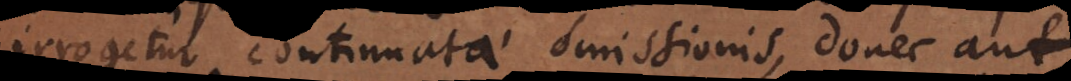
irrogetur continuatae omissionis, donec aut